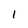
Character: 1